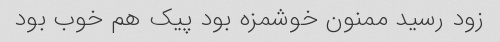
زود رسید ممنون خوشمزه بود پیک هم خوب بود